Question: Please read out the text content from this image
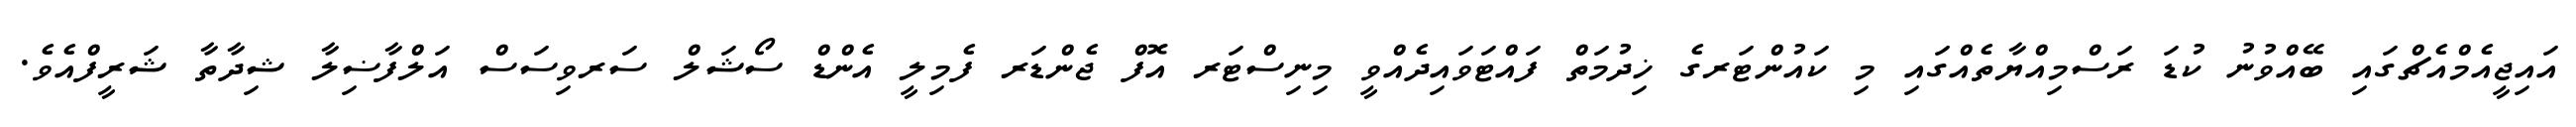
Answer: އައިޖީއެމްއެޗްގައި ބޭއްވުނު ކުޑަ ރަސްމިއްޔާތެއްގައި މި ކައުންޓަރގެ ޚިދުމަތް ފައްޓަވައިދެއްވީ މިނިސްޓަރ އޮފް ޖެންޑަރ ފެމިލީ އެންޑް ސޯޝަލް ސަރވިސަސް އަލްފާޟިލާ ޝިދާތާ ޝަރީފްއެވެ.